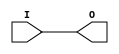
module BUFIO (O, I);


`ifdef XIL_TIMING

    parameter LOC = " UNPLACED";
    reg notifier;

`endif


    output O;
    input  I;
    
    buf B1 (O, I);

`ifdef XIL_TIMING
  specify
    (I => O) = (0:0:0, 0:0:0);
	 $period (negedge I, 0:0:0, notifier);
	 $period (posedge I, 0:0:0, notifier);
    specparam PATHPULSE$ = 0;
  endspecify
`endif
endmodule